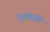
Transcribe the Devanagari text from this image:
उद्धवाचे